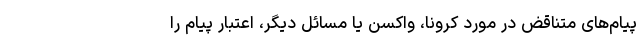
پیام‌های متناقض در مورد کرونا، واکسن یا مسائل دیگر، اعتبار پیام را